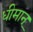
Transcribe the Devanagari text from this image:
धीमान्‌